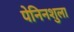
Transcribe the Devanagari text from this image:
पेनिनशुला